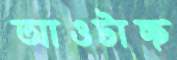
আওটাচ্ছ